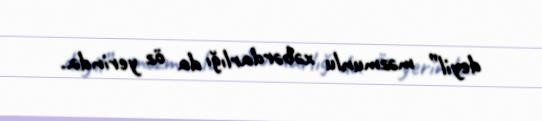
deyil” məzmunlu xəbərdarlığı da öz yerində..